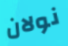
نولان